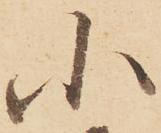
小